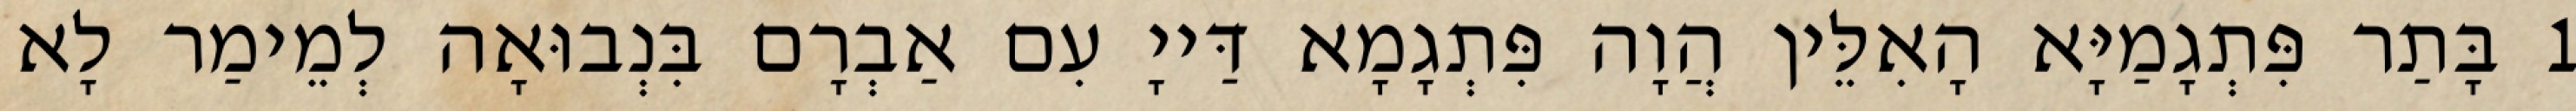
1 בָּתַר פִּתְגָמַיָּא הָאִלֵּין הֲוָה פִּתְגָמָא דַּייָ עִם אַבְרָם בִּנְבוּאָה לְמֵימַר לָא